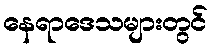
နေရာဒေသများတွင်